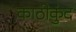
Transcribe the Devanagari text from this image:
काठीकुंद